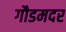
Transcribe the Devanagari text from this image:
गौडमदर